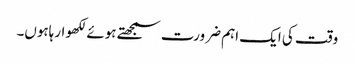
وقت کی ایک اہم ضرورت سمجھتے ہوئے لکھوارہاہوں۔